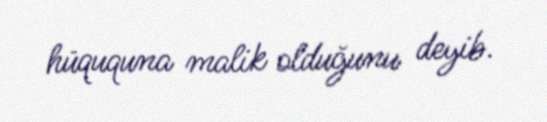
hüququna malik olduğunu deyib.